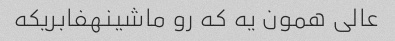
عالی همون یه که رو ماشینهفابریکه